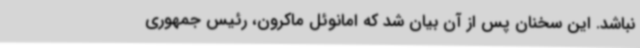
نباشد. این سخنان پس از آن بیان شد که امانوئل ماکرون، رئیس جمهوری